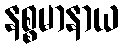
နစ္စမာနာယ